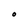
Character: O